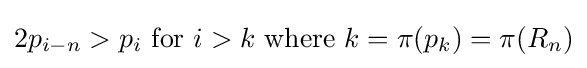
2p_{i-n}>p_{i}{\text{ for }}i>k{\text{ where }}k=\pi (p_{k})=\pi (R_{n})